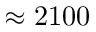
\approx 2 1 0 0